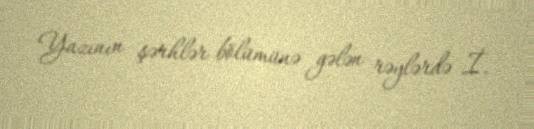
Yazının şərhlər bölümünə gələn rəylərdə İ.